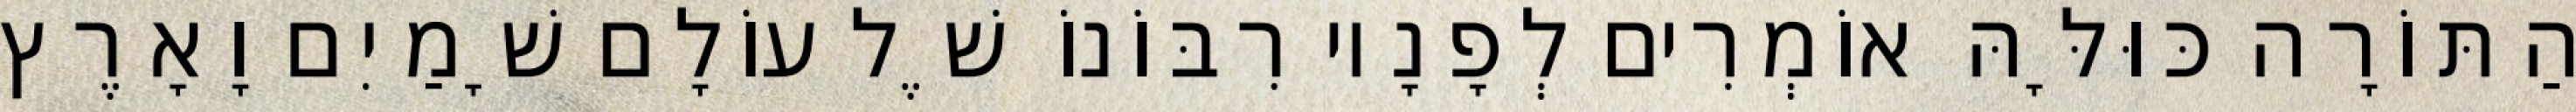
הַתּוֹרָה כּוּלָּהּ אוֹמְרִים לְפָנָיו רִבּוֹנוֹ שֶׁל עוֹלָם שָׁמַיִם וָאָרֶץ